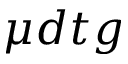
\mu d t g